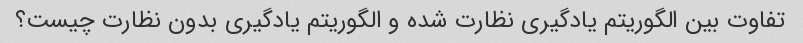
تفاوت بین الگوریتم یادگیری نظارت شده و الگوریتم یادگیری بدون نظارت چیست؟